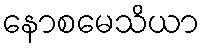
နောစမေသိယာ